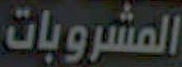
المشروبات